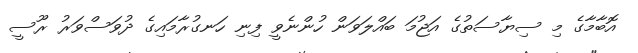
އޮބާމާގެ މި ސިޔާސަތުގެ އަޖުމަ ބައްލަވަން ހުންނެވީ ފިނި ހަނގުރާމައިގެ ދުވަސްވަރު ރޫސީ